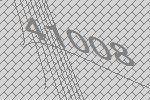
41008